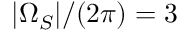
| \Omega _ { S } | / ( 2 \pi ) = 3